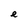
Character: e